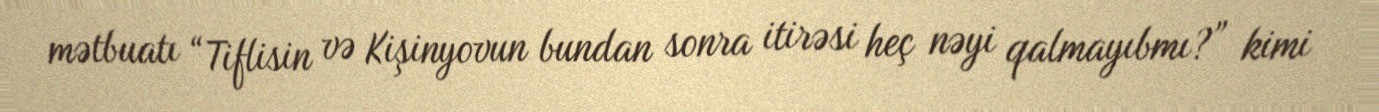
mətbuatı “Tiflisin və Kişinyovun bundan sonra itirəsi heç nəyi qalmayıbmı?” kimi